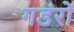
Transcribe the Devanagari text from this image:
गडंरों